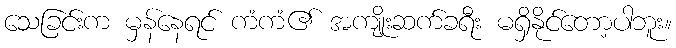
သေခြင်းက မှန်နေရင် ကံကံ၏ အကျိုးဆက်ခရီး မရှိနိုင်တော့ပါဘူး။